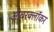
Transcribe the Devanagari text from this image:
ओवरक्लॉकर